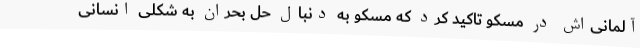
آلمانی‌اش در مسکو تاکید کرد که مسکو به دنبال حل بحران به شکلی انسانی